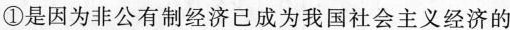
”优秀中国特色社会主义事业建设者”荣誉称号。从经